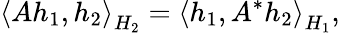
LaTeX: \left\langle Ah_{1},h_{2}\right\rangle_{H_{2}}=\left\langle h_{1},A^{*}h_{2}\right\rangle_{H_{1}},